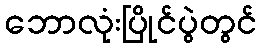
ဘောလုံးပြိုင်ပွဲတွင်